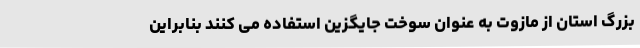
بزرگ استان از مازوت به عنوان سوخت جایگزین استفاده می کنند بنابراین